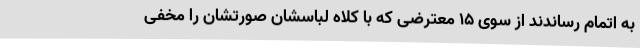
به اتمام رساندند از سوی 15 معترضی که با کلاه لباسشان صورتشان را مخفی